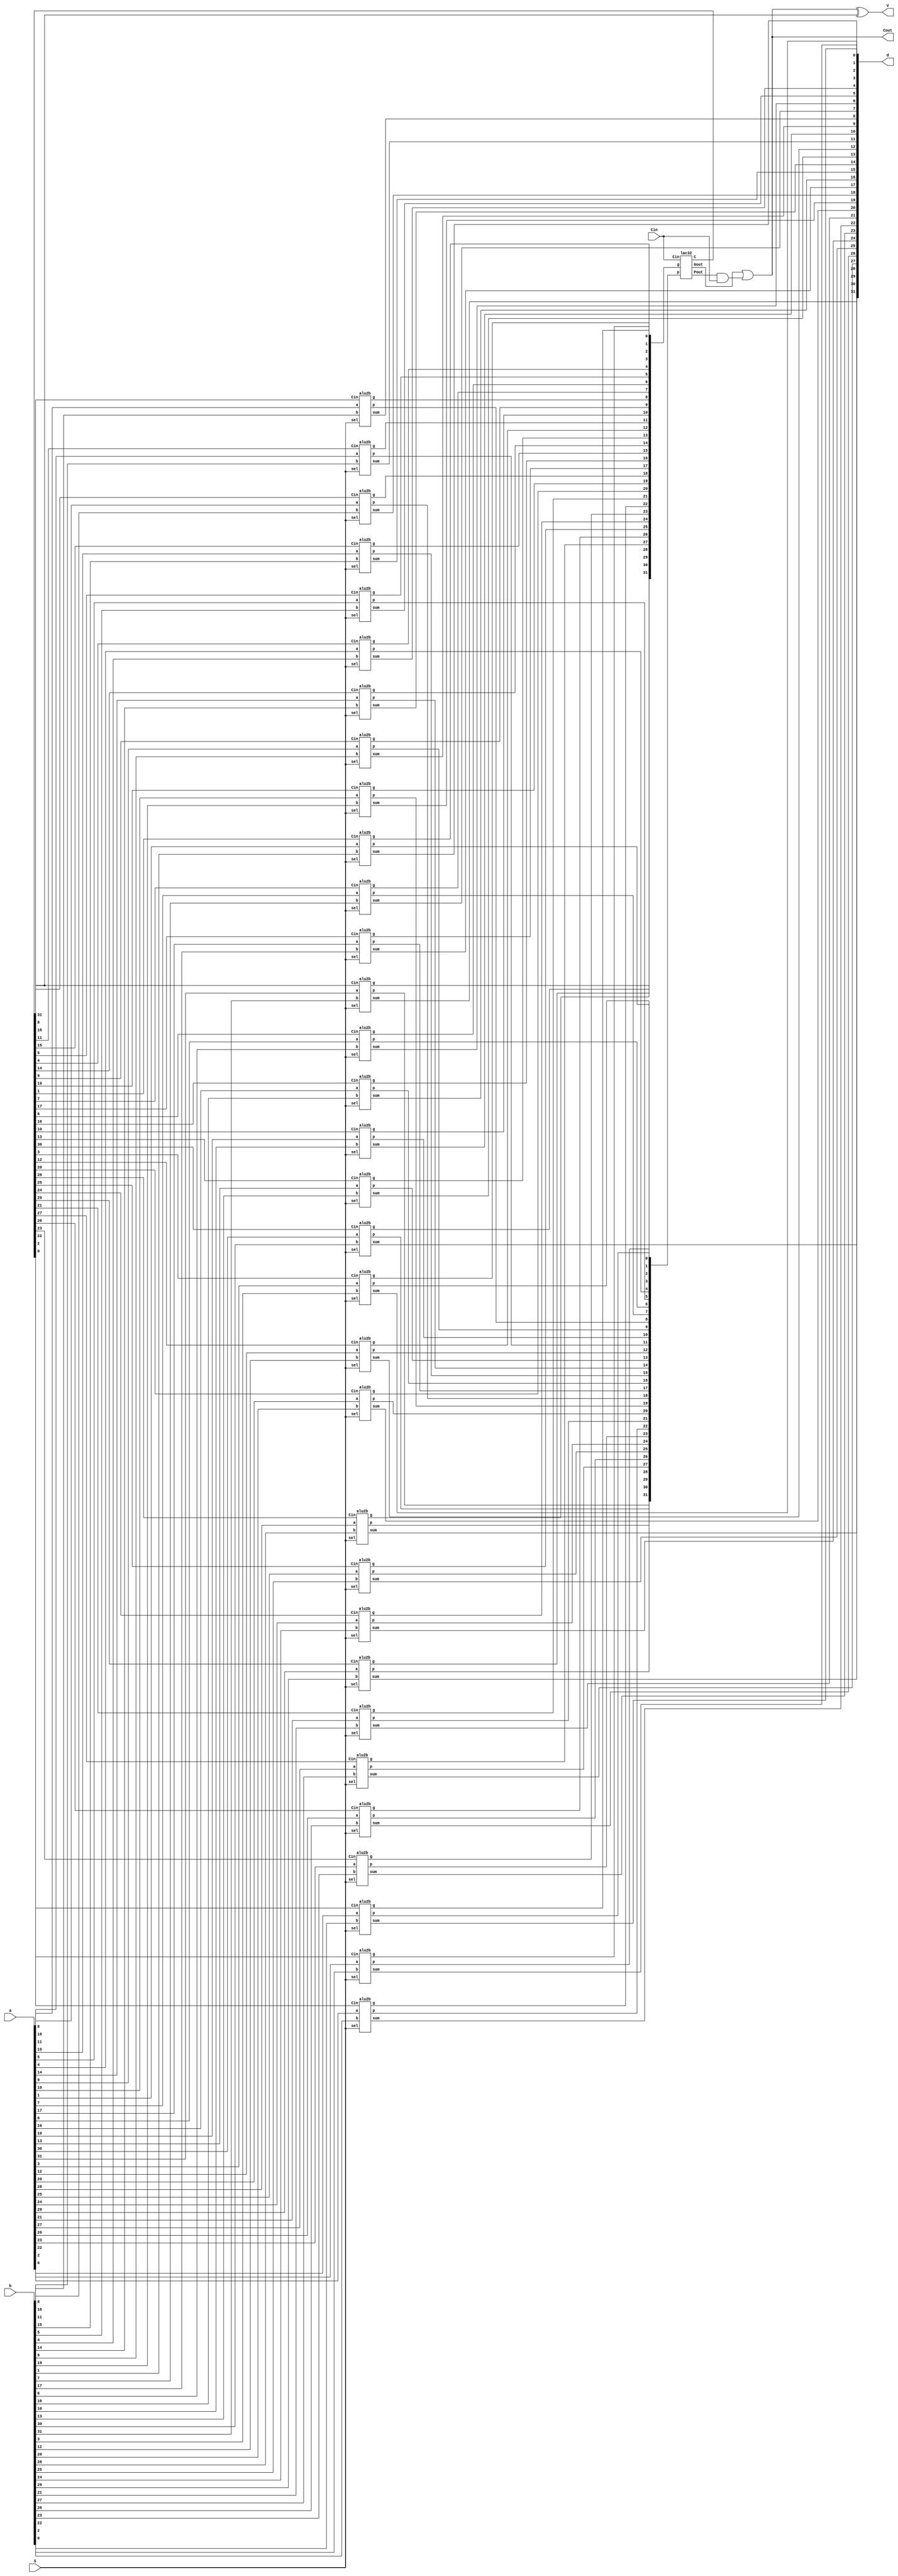
module ALU(a,b,d,S,V,Cin,Cout);

	input [31:0] a,b;
	output [31:0] d;
	input [2:0] S;
	output Cout, V;
	input Cin;
	
	wire [31:0] g,p,C;
	wire Gout, Pout;

	alu2b zero(a[0], b[0], d[0], S, g[0], p[0], C[0]);
	alu2b one(a[1], b[1], d[1], S, g[1], p[1], C[1]);
	alu2b two(a[2], b[2], d[2], S, g[2], p[2], C[2]);
	alu2b three(a[3], b[3], d[3], S, g[3], p[3], C[3]);
	alu2b four(a[4], b[4], d[4], S, g[4], p[4], C[4]);
	alu2b five(a[5], b[5], d[5], S, g[5], p[5], C[5]);
	alu2b six(a[6], b[6], d[6], S, g[6], p[6], C[6]);
	alu2b seven(a[7], b[7], d[7], S, g[7], p[7], C[7]);
	alu2b eight(a[8], b[8], d[8], S, g[8], p[8], C[8]);
	alu2b nine(a[9], b[9], d[9], S, g[9], p[9], C[9]);
	alu2b ten(a[10], b[10], d[10], S, g[10], p[10], C[10]);
	alu2b eleven(a[11], b[11], d[11], S, g[11], p[11], C[11]);
	alu2b twelve(a[12], b[12], d[12], S, g[12], p[12], C[12]);
	alu2b thirteen(a[13], b[13], d[13], S, g[13], p[13], C[13]);
	alu2b fourteen(a[14], b[14], d[14], S, g[14], p[14], C[14]);
	alu2b fifteen(a[15], b[15], d[15], S, g[15], p[15], C[15]);
	alu2b sixteen(a[16], b[16], d[16], S, g[16], p[16], C[16]);
	alu2b seventeen(a[17], b[17], d[17], S, g[17], p[17], C[17]);
	alu2b eighteen(a[18], b[18], d[18], S, g[18], p[18], C[18]);
	alu2b nineteen(a[19], b[19], d[19], S, g[19], p[19], C[19]);
	alu2b twenty(a[20], b[20], d[20], S, g[20], p[20], C[20]);
	alu2b twentyone(a[21], b[21], d[21], S, g[21], p[21], C[21]);
	alu2b twentytwo(a[22], b[22], d[22], S, g[22], p[22], C[22]);
	alu2b twentythree(a[23], b[23], d[23], S, g[23], p[23], C[23]);
	alu2b twentyfour(a[24], b[24], d[24], S, g[24], p[24], C[24]);
	alu2b twentyfive(a[25], b[25], d[25], S, g[25], p[25], C[25]);
	alu2b twentysix(a[26], b[26], d[26], S, g[26], p[26], C[26]);
	alu2b twentyseven(a[27], b[27], d[27], S, g[27], p[27], C[27]);
	alu2b twentyeight(a[28], b[28], d[28], S, g[28], p[28], C[28]);	
	alu2b twentynine(a[29], b[29], d[29], S, g[29], p[29], C[29]);
	alu2b thirty(a[30], b[30], d[30], S, g[30], p[30], C[30]);
	alu2b thirtyone(a[31], b[31], d[31], S, g[31], p[31], C[31]);

	lac32 lac(g, p, Cin, Gout, Pout, C);

	assign Cout = Gout | (Pout & Cin);
	assign V = Cout ^ C[31];
	
endmodule

module alu2b(a,b,sum,sel,g,p,Cin);
	
	input a,b,Cin;
	input [2:0] sel;
	output sum, g, p;
	reg sum;
	
	wire bint, cint;

	assign bint = b ^ sel[0];
	assign cint = Cin & sel[1];
	assign g = a & bint;
	assign p = a ^ bint;

	always @(*)

	begin
		case (sel)
			3'b000: sum = a ^ b; 
			3'b001: sum = ~(a ^ b); 
			3'b010: sum = p ^ cint; 
			3'b011: sum = p ^ cint; 
			3'b100: sum = a | b; 
			3'b101: sum = ~(a | b);
			3'b110: sum = a & b; 
			3'b111: sum = 0; 
		endcase
	end
endmodule

module lac2(g,p,Cin,Gout,Pout,C);

	input [1:0] g, p;
	input Cin;
	output Gout, Pout;
	output [1:0] C;

	assign Gout = (g[0] & p[1]) | g[1];
	assign Pout = p[0] & p[1];
	assign C[0] = Cin;
	assign C[1] = (p[0] & C[0]) | g[0];

endmodule

module lac4(g,p,Cin,Gout,Pout,C);

	input [3:0] g, p;
	input Cin;
	output Gout, Pout;
	output [3:0] C;

	wire [1:0] tempc;
	wire [1:0] tempg;
	wire [1:0] tempp;

	lac2 left(g[3:2], p[3:2], tempc[1], tempg[1], tempp[1], C[3:2]);
	lac2 right(g[1:0], p[1:0], tempc[0], tempg[0], tempp[0], C[1:0]);
	lac2 main(tempg, tempp, Cin, Gout, Pout, tempc);

endmodule

module lac8(g,p,Cin,Gout,Pout,C);

	input [7:0] g, p;
	input Cin;
	output Gout, Pout;
	output [7:0] C;

	wire [1:0] tempc;
	wire [1:0] tempg;
	wire [1:0] tempp;

	lac4 left(g[7:4], p[7:4], tempc[1], tempg[1], tempp[1], C[7:4]);
	lac4 right(g[3:0], p[3:0], tempc[0], tempg[0], tempp[0], C[3:0]);
	lac2 main(tempg, tempp, Cin, Gout, Pout, tempc);

endmodule

module lac16(g,p,Cin,Gout,Pout,C);

	input [15:0] g, p;
	input Cin;
	output Gout, Pout;
	output [15:0] C;

	wire [1:0] tempc;
	wire [1:0] tempg;
	wire [1:0] tempp;

	lac8 left(g[15:8], p[15:8], tempc[1], tempg[1], tempp[1], C[15:8]);
	lac8 right(g[7:0], p[7:0], tempc[0], tempg[0], tempp[0], C[7:0]);
	lac2 main(tempg, tempp, Cin, Gout, Pout, tempc);

endmodule

module lac32(g,p,Cin,Gout,Pout,C);

	input [31:0] g, p;
	input Cin;
	output Gout, Pout;
	output [31:0] C;

	wire [1:0] tempc;
	wire [1:0] tempg;
	wire [1:0] tempp;

	lac16 left(g[31:16], p[31:16], tempc[1], tempg[1], tempp[1], C[31:16]);
	lac16 right(g[15:0], p[15:0], tempc[0], tempg[0], tempp[0], C[15:0]);
	lac2 main(tempg, tempp, Cin, Gout, Pout, tempc);

endmodule